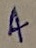
Text: 4